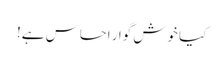
کیا خوش گوار احساس ہے!